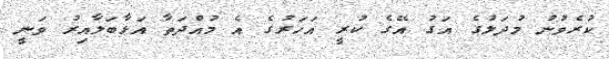
ކުރެވުނު މުދަލުގެ އަގު އޭގެ ކުރީ އަހަރުގެ އެ މުއްދަތާ އަޅާބަލާއިރު ވަނީ